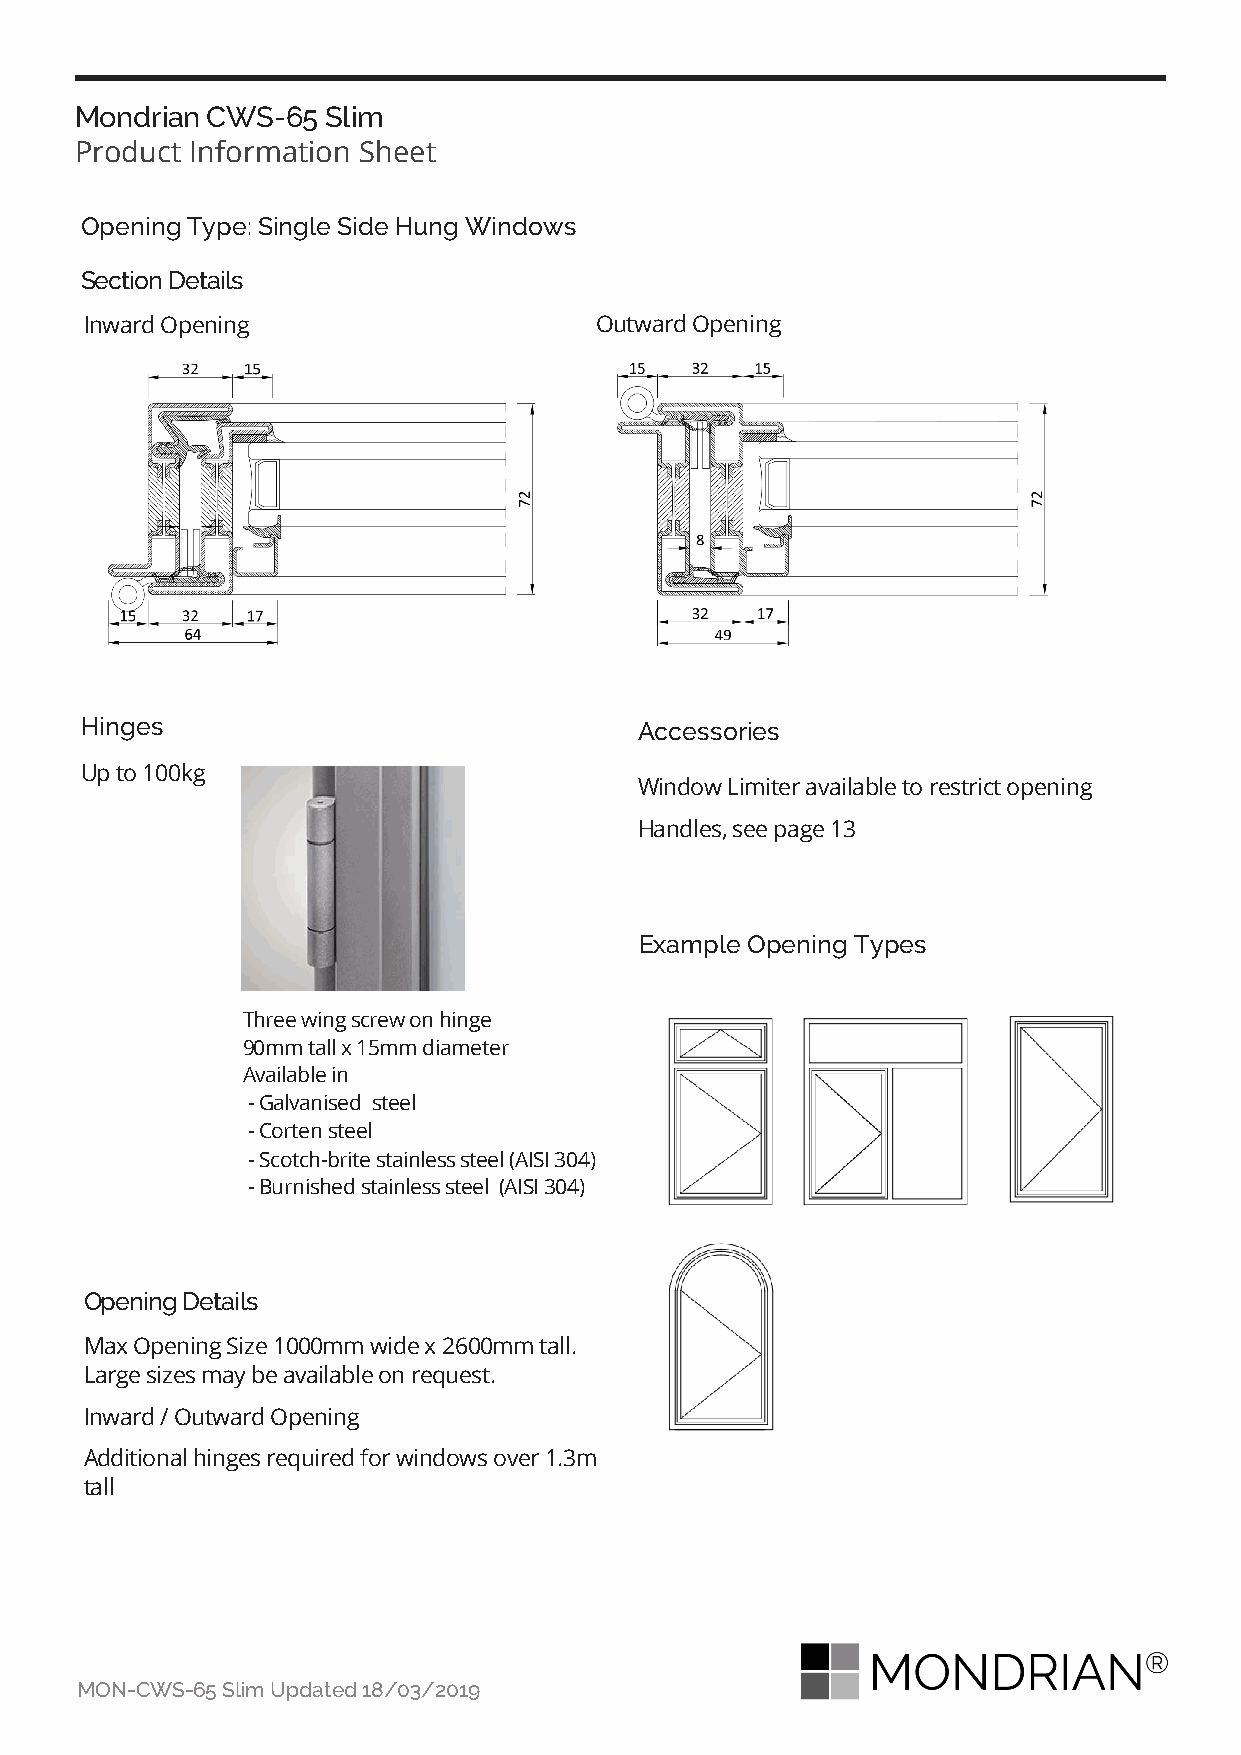
Mondrian CWS-65  Slim
 Product Information Sheet
 Opening Type: Single Side Hung Windows
 Section Details
 Inward Opening                   Outward Opening
 Hinges                               Accessories
 Up to 100kg
 Window Limiter available to restrict opening
 Handles, see page 13
 Example Opening Types
 Three wing screw on hinge
 90mm tall x 15mm diameter
 Available in
 - Galvanised steel
 - Corten steel
 - Scotch-brite stainless steel (AISI 304)
 - Burnished stainless steel (AISI 304)
 Opening Details
 Max Opening Size 1000mm wide x 2600mm tall.
 Large sizes may be available on request.
 Inward / Outward Opening
 Additional hinges required for windows over 1.3m
 tall
 MON-CWS-65 Slim Updated 18/03/2019